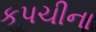
કપચીના